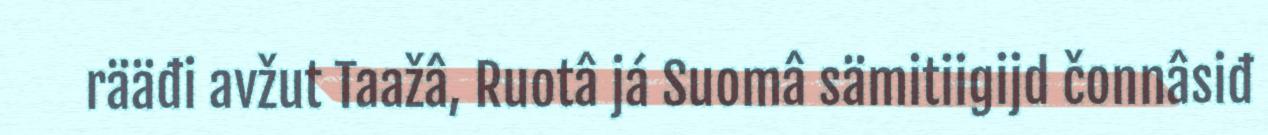
rääđi avžut Taažâ, Ruotâ já Suomâ sämitiigijd čonnâsiđ